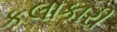
કલાકારી